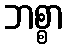
ဘစ္စာ